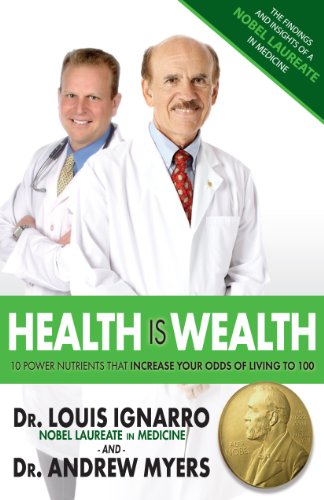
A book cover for Health Is Wealth: 10 Power Nutrients That Increase Your Odds of Living to 100; Louis Ignarro; Health, Fitness & Dieting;